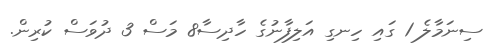
ސިނަމާލެ 1 ގައި ހިނގި އަލިފާނުގެ ހާދިސާ8 މަސް 3 ދުވަސް ކުރިން.